Inquiry into the circumstances attending an outbreak of cholera in H. M.'s 18th Hussars at Secunderabad in the month of May
Year: 1871
Disease focus: Cholera
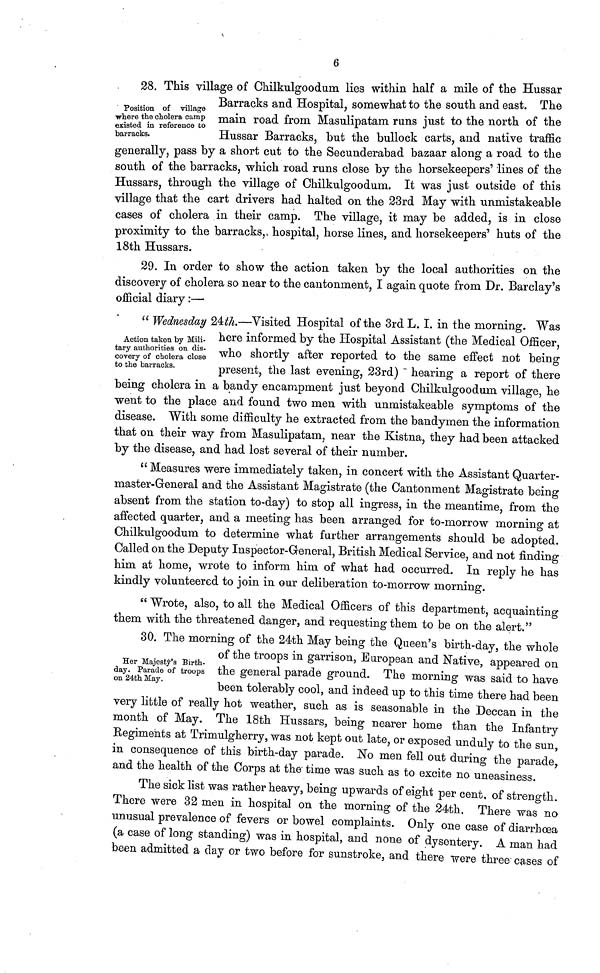
6
Position of village
where the cholera camp
existed in reference to
barracks.
28. This village of Chilkulsroodum lies within half a mile of the Hussar
Barracks and Hospital, somewhat to the south and east. The
main road from Masulipatam runs just to the north of the
Hussar Barracks, but the bullock carts, and native traffic
generally, pass by a short cut to the Secunderabad bazaar along a road to the
south of the barracks, which road runs close by the horsekeepers' lines of the
Hussars, through the village of Chilkulgoodum. It was just outside of this
village that the cart drivers had halted on the 23rd May with unmistakeable
cases of cholera in their camp. The village, it may be added, is in close
proximity to the barracks, hospital, horse lines, and horsekeepers' huts of the
18th Hussars.
Action taken by Mili-
tary authorities on dis-
covery of cholera close
to the barracks.
29. In order to show the action taken by the local authorities on the
discovery of cholera so near to the cantonment, I again quote from Dr. Barclay's
official diary :—
" Wednesday 24th.—Visited Hospital of the 3rd L. I. in the morning. Was
here informed by the Hospital Assistant (the Medical Officer,
who shortly after reported to the same effect not being
present, the last evening, 23rd) hearing a report of there
being cholera in a bandy encampment just beyond Chilkulgoodum village, he
went to the place and found two men with unmistakeable symptoms of the
disease. With some difficulty he extracted from the bandymen the information
that on their way from Masulipatam, near the Kistna, they had been attacked
by the disease, and had lost several of their number.
"Measures were immediately taken, in concert with the Assistant Quarter-
master-General and the Assistant Magistrate (the Cantonment Magistrate being
absent from the station to-day) to stop all ingress, in the meantime, from the
affected quarter, and a meeting has been arranged for to-morrow morning at
Chilkulgoodum to determine what further arrangements should be adopted.
Called on the Deputy Inspector-General, British Medical Service, and not finding
him at home, wrote to inform him of what had occurred. In reply he has
kindly volunteered to join in our deliberation to-morrow morning.
" Wrote, also, to all the Medical Officers of this department, acquainting
them with the threatened danger, and requesting them to be on the alert."
Her Majesty's Birth-
day. Parade of troops
on 24th May.
30. The morning of the 24th May being the Queen's birth-day, the whole
of the troops in garrison, European and Native, appeared on
the general parade ground. The morning was said to have
been tolerably cool, and indeed up to this time there had been
very little of really hot weather, such as is seasonable in the Deccan in the
month of May. The 18th Hussars, being nearer home than the Infantry
Regiments at Trimulgherry, was not kept out late, or exposed unduly to the sun,
in consequence of this birth-day parade. No men fell out during the parade
and the health of the Corps at the time was such as to excite no uneasiness.
The sick list was rather heavy, being upwards of eight per cent, of strength.
There were 32 men in hospital on the morning of the 24th. There was no
unusual prevalence of fevers or bowel complaints. Only one case of diarrhoea
(a case of long standing) was in hospital, and none of dysentery. A man had
been admitted a day or two before for sunstroke, and there were three cases of